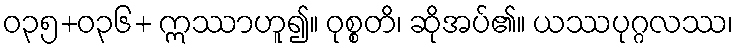
ဝ၃၅+၀၃၆+ ဣဿာဟူ၍။ ဝုစ္စတိ၊ ဆိုအပ်၏။ ယဿပုဂ္ဂလဿ၊